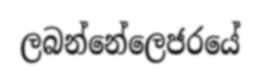
ලබන්නේලෙජරයේ